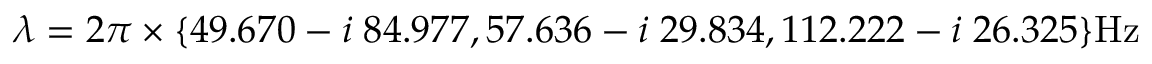
\boldsymbol { \lambda } = 2 \pi \times \{ 4 9 . 6 7 0 - i \; { 8 4 . 9 7 7 } , 5 7 . 6 3 6 - i \; { 2 9 . 8 3 4 } , 1 1 2 . 2 2 2 - i \; { 2 6 . 3 2 5 } \} \mathrm { H z }